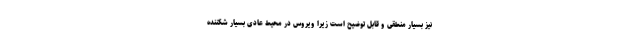
نیز بسیار منطقی و قابل توضیح است زیرا ویروس در محیط عادی بسیار شکننده